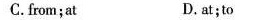
C.from;at D.at;to